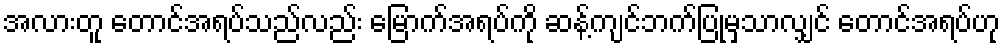
အလားတူ တောင်အရပ်သည်လည်း မြောက်အရပ်ကို ဆန့်ကျင်ဘက်ပြုမှသာလျှင် တောင်အရပ်ဟု